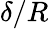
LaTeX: \delta/R